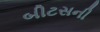
બીટસની